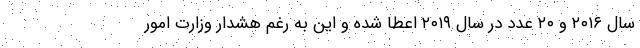
سال ۲۰۱۶ و ۲۰ عدد در سال ۲۰۱۹ اعطا شده و این به رغم هشدار وزارت امور